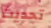
تحديث